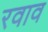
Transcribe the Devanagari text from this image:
रवाव